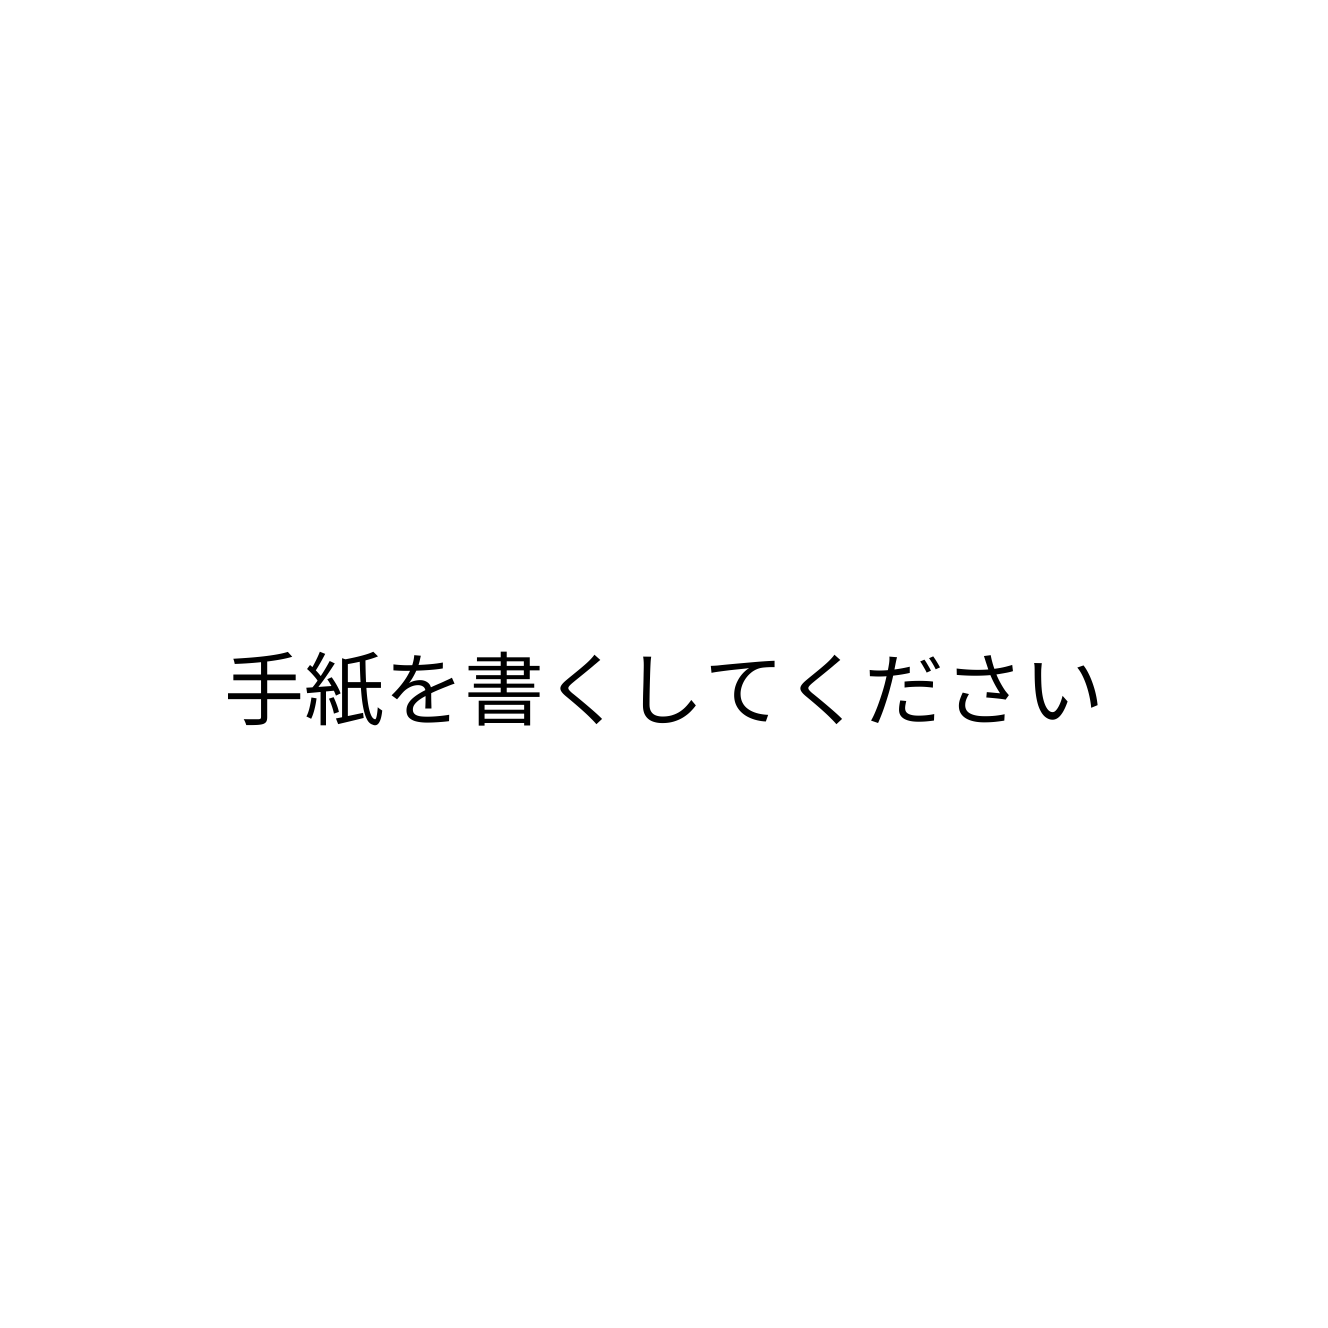
手紙を書くしてください